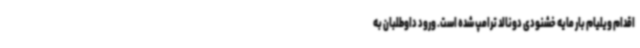
اقدام ویلیام بار مایه خشنودی دونالد ترامپ شده است. ورود داوطلبان به